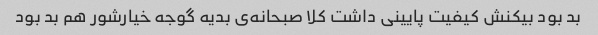
بد بود بیکنش کیفیت پایینی داشت کلا صبحانه‌ی بدیه گوجه خیارشور هم بد بود